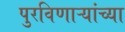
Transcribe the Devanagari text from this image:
पुरविणाऱ्यांच्या